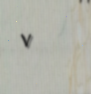
٧